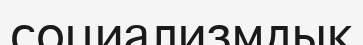
социализмдық